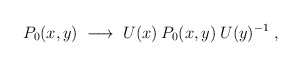
\begin{align*}P_0(x,y) \;\longrightarrow\; U(x)\: P_0(x,y)\: U(y)^{-1}\;, \end{align*}